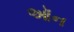
ઑન